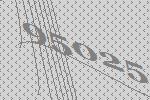
95025